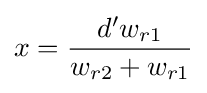
x={\frac {d'w_{r1}}{w_{r2}+w_{r1}}}